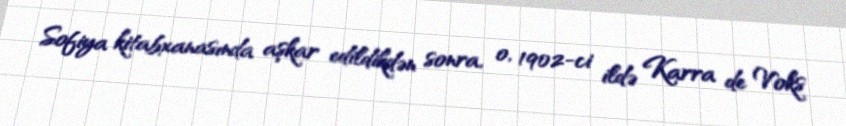
Sofiya kitabxanasında aşkar edildikdən sonra, o, 1902-ci ildə Karra de Voks